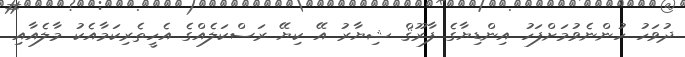
ދުވަހު ހުންނެވުމަށްފަހު އިންޑިޔާގެ ފާރޫޤް ޝިޔާރު އޭ ކިޔޭ ރަސްކަލެއްގެ އެހީތެރިކަމާއެކު މާލެއާއި